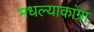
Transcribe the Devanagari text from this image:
मधल्याकांग्रा